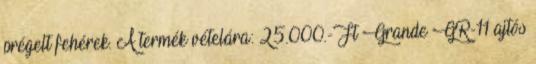
prégelt fehérek. A termék vételára: 25.000.-Ft Grande GR-11 ajtós